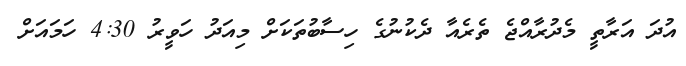
އުދަ އަރާތީ މެދުރާއްޖެ ތެރެއާ ދެކުނުގެ ހިސާބުތަކަށް މިއަދު ހަވީރު 4:30 ހަމައަށް